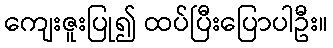
ကျေးဇူးပြု၍ ထပ်ပြီးပြောပါဦး။